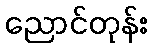
ညောင်တုန်း